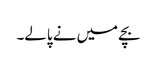
بچے میں نے پالے۔